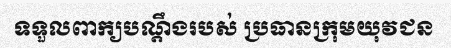
ទទួលពាក្យបណ្តឹងរបស់ ប្រធានក្រុមយុវជន